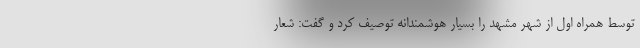
توسط همراه اول از شهر مشهد را بسیار هوشمندانه توصیف کرد و گفت: شعار